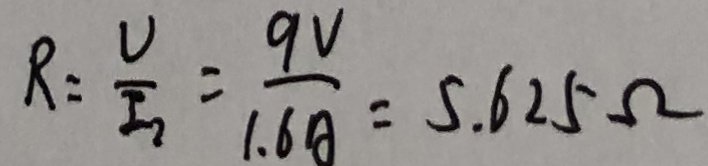
R = \frac { U } { I _ { 2 } } = \frac { 9 V } { 1 . 6 A } = 5 . 6 2 5 \Omega